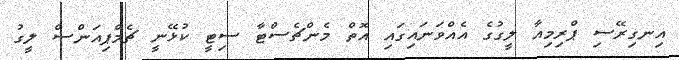
އިނގިރޭސި ޕްރިމިއާ ލީގުގެ އެއްވަނައިގައި އޮތް މެންޗެސްޓާ ސިޓީ ކުޅޭނީ ޗެމްޕިއަންސް ލީގު